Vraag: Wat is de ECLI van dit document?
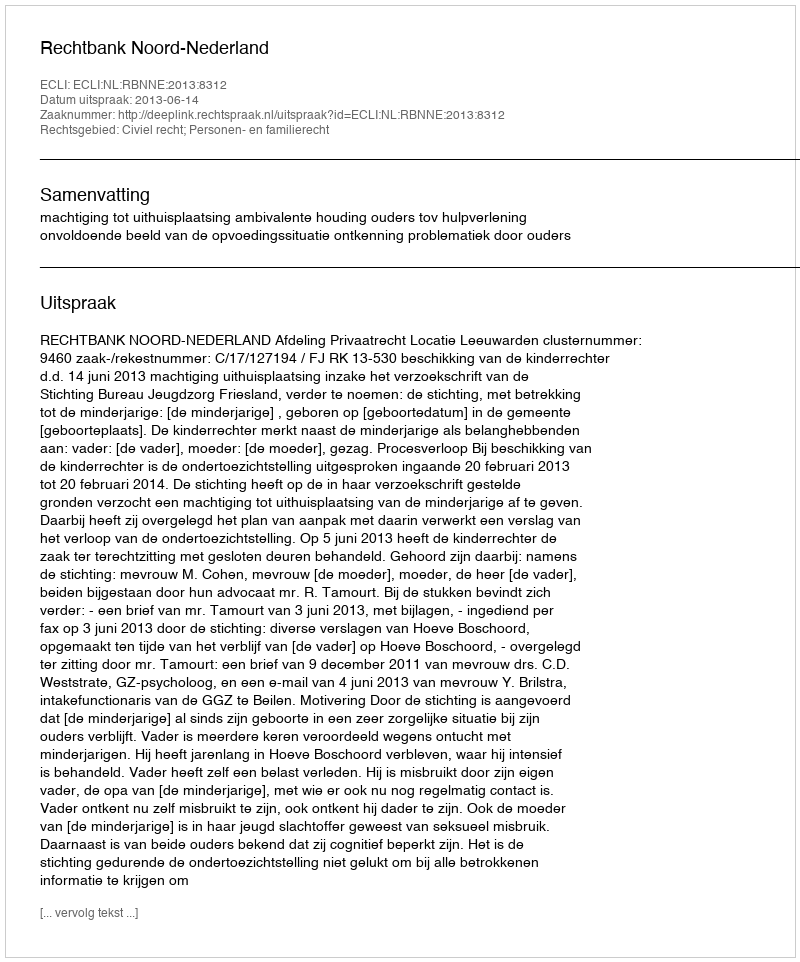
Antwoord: ECLI:NL:RBNNE:2013:8312